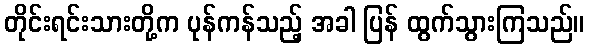
တိုင်းရင်းသားတို့က ပုန်ကန်သည့် အခါ ပြန် ထွက်သွားကြသည်။